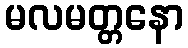
မလမတ္တနော